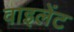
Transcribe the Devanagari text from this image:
वाइलेंट